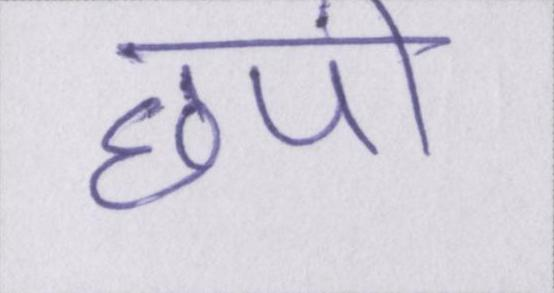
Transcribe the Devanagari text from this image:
छपी